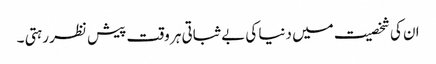
ان کی شخصیت میں دنیا کی بے ثباتی ہر وقت پیش نظر رہتی ۔